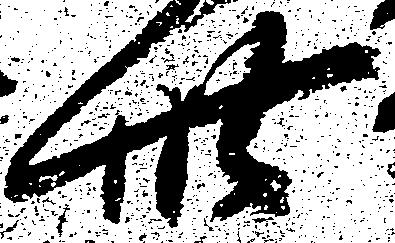
此